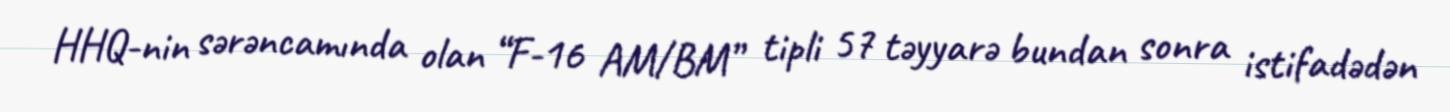
HHQ-nin sərəncamında olan “F-16 AM/BM” tipli 57 təyyarə bundan sonra istifadədən